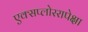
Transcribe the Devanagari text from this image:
एक्सप्लोररापेक्षा